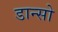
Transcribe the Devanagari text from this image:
डान्सो